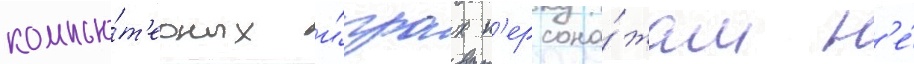
компью́т'ерных и́грах п'ерсона́жам н'е́